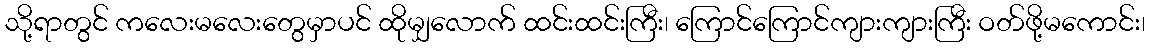
သို့ရာတွင် ကလေးမလေးတွေမှာပင် ထိုမျှလောက် ထင်းထင်းကြီး၊ ကြောင်ကြောင်ကျားကျားကြီး ဝတ်ဖို့မကောင်း၊